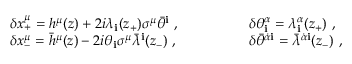
\begin{array} { l l } { { \delta x _ { + } ^ { \mu } = h ^ { \mu } ( z ) + 2 i \lambda _ { \mathbf i } ( z _ { + } ) \sigma ^ { \mu } \bar { \theta } ^ { \mathbf i } \ , \qquad \qquad } } & { { \delta \theta _ { \mathbf i } ^ { \alpha } = \lambda _ { \mathbf i } ^ { \alpha } ( z _ { + } ) \ , } } \\ { { \delta x _ { - } ^ { \mu } = { \bar { h } } ^ { \mu } ( z ) - 2 i \theta _ { \mathbf i } \sigma ^ { \mu } { \bar { \lambda } } ^ { \mathbf i } ( z _ { - } ) \ , \qquad \qquad } } & { { \delta \bar { \theta } ^ { { \dot { \alpha } } { \mathbf i } } = { \bar { \lambda } } ^ { { \dot { \alpha } } { \mathbf i } } ( z _ { - } ) \ , } } \end{array}